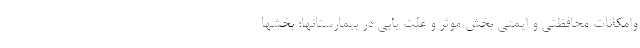
وامکانات محافظتی و ایمنی بخش موثر و علت یابی در بیمارستانها؛ بخشها